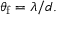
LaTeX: \theta _ { \mathrm { f } } = \lambda / d .